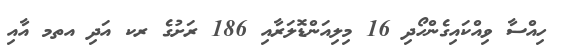
ހިއްސާ ވިއްކައިގެންހޯދި 16 މިލިއަންޑޮލަރާއި 186 ރަށުގެ ރކ އަދި އތމ އާއި